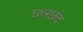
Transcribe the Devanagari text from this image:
छत्रछंद